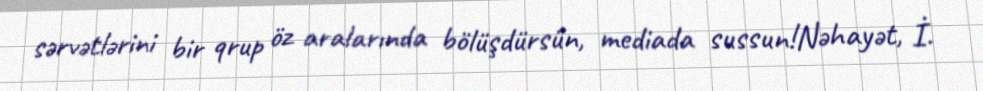
sərvətlərini bir qrup öz aralarında bölüşdürsün, mediada sussun!Nəhayət, İ.